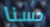
حسنا